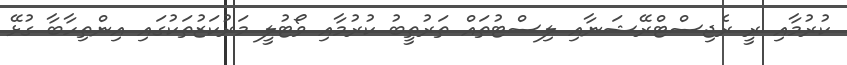
ކުރުމާއި ރީ ރެޖިސްޓްރޭޝަނާއި ލިސްޓުތައް ތަރުތީބު ކުރުމާއި ވޯޓުލީ މަރުކަޒުތަކުގައި އިންތިހާބާ ގުޅޭ